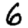
Digit: 6